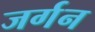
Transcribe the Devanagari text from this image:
जर्गन